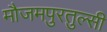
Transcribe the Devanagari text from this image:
मौजमपुरतुल्सी